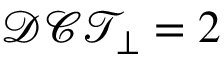
\mathcal { D C T } _ { \perp } = 2